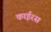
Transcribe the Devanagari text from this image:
काईरस